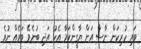
ވައި ހުރިކަން ނާސާ އަަށް ޔާގީންކަމާ އެކު އަދި ބުނެވޭ ވަރެއް ނުވެ